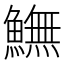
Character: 𩻚